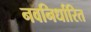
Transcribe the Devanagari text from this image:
नवनिर्धारित